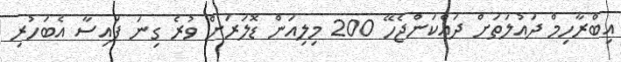
އިބްރާހިމް ދައުލަތަށް ދައްކަންޖެހޭ 200 މިލިއަން ޑޮލަރަށް ވުރެ ގިނަ ފައިސާ އެބަހުރި